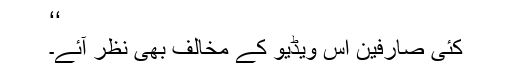
‘‘
کئی صارفین اس ویڈیو کے مخالف بھی نظر آئے۔